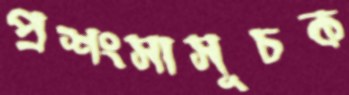
প্রশংসাসূচক